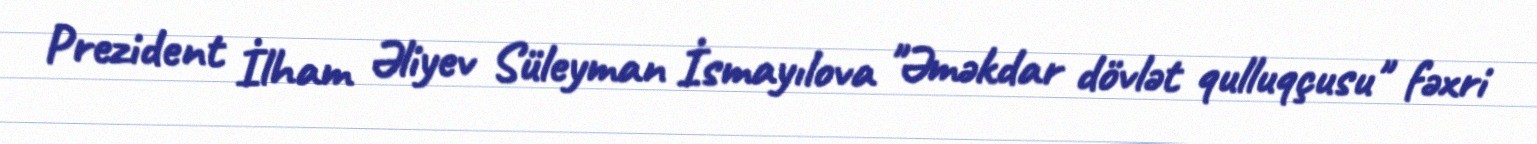
Prezident İlham Əliyev Süleyman İsmayılova "Əməkdar dövlət qulluqçusu" fəxri